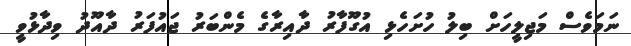
ނަމަވެސް މަޖިލީހަށް ބިލު ހުށަހެޅި އުގޫފާރު ދާއިރާގެ މެންބަރު ޖައުފަރު ދާއޫދު ވިދާޅުވީ